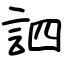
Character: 訵